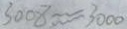
3 0 0 8 \approx 3 0 0 0